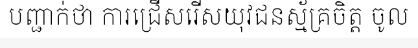
បញ្ជាក់ថា ការជ្រើសរើសយុវជនស្ម័គ្រចិត្ត ចូល